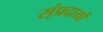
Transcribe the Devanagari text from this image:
स्ंप्रदायों